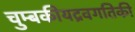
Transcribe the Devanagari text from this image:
चुम्बकीयद्रवगतिकी